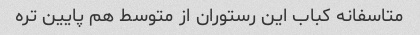
متاسفانه کباب این رستوران از متوسط هم پایین تره